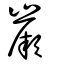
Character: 嶡